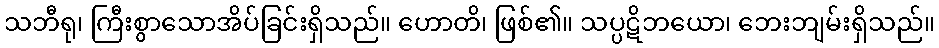
သဘီရု၊ ကြီးစွာသောအိပ်ခြင်းရှိသည်။ ဟောတိ၊ ဖြစ်၏။ သပ္ပဋိဘယော၊ ဘေးဘျမ်းရှိသည်။